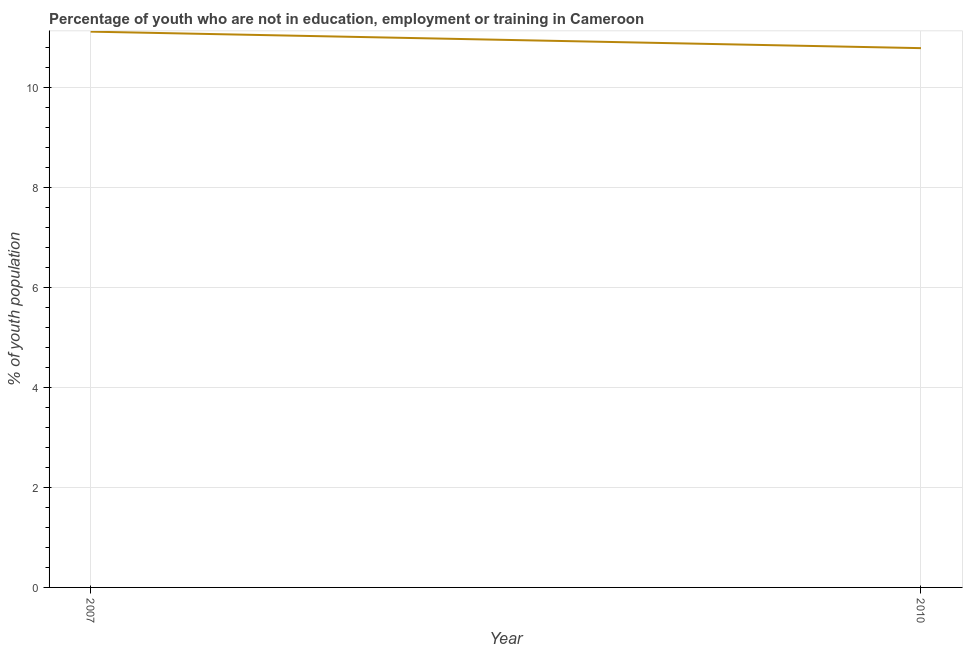
| Year | Unemployed youth |
 | --- | --- |
 | 2007 | 11.1 |
 | 2010 | 10.8 |